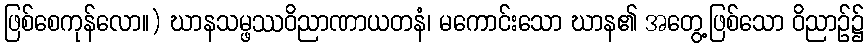
ဖြစ်စေကုန်လော။) ဃာနသမ္ဖဿဝိညာဏာယတနံ၊ မကောင်းသော ဃာန၏ အတွေ့ဖြစ်သော ဝိညာဉ်၌